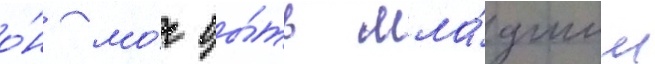
о́н мо́г бы́ть мла́дшим